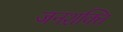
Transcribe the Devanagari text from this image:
जनशक्‍ति